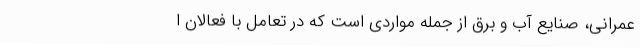
عمرانی، صنایع آب و برق از جمله مواردی است که در تعامل با فعالان ا